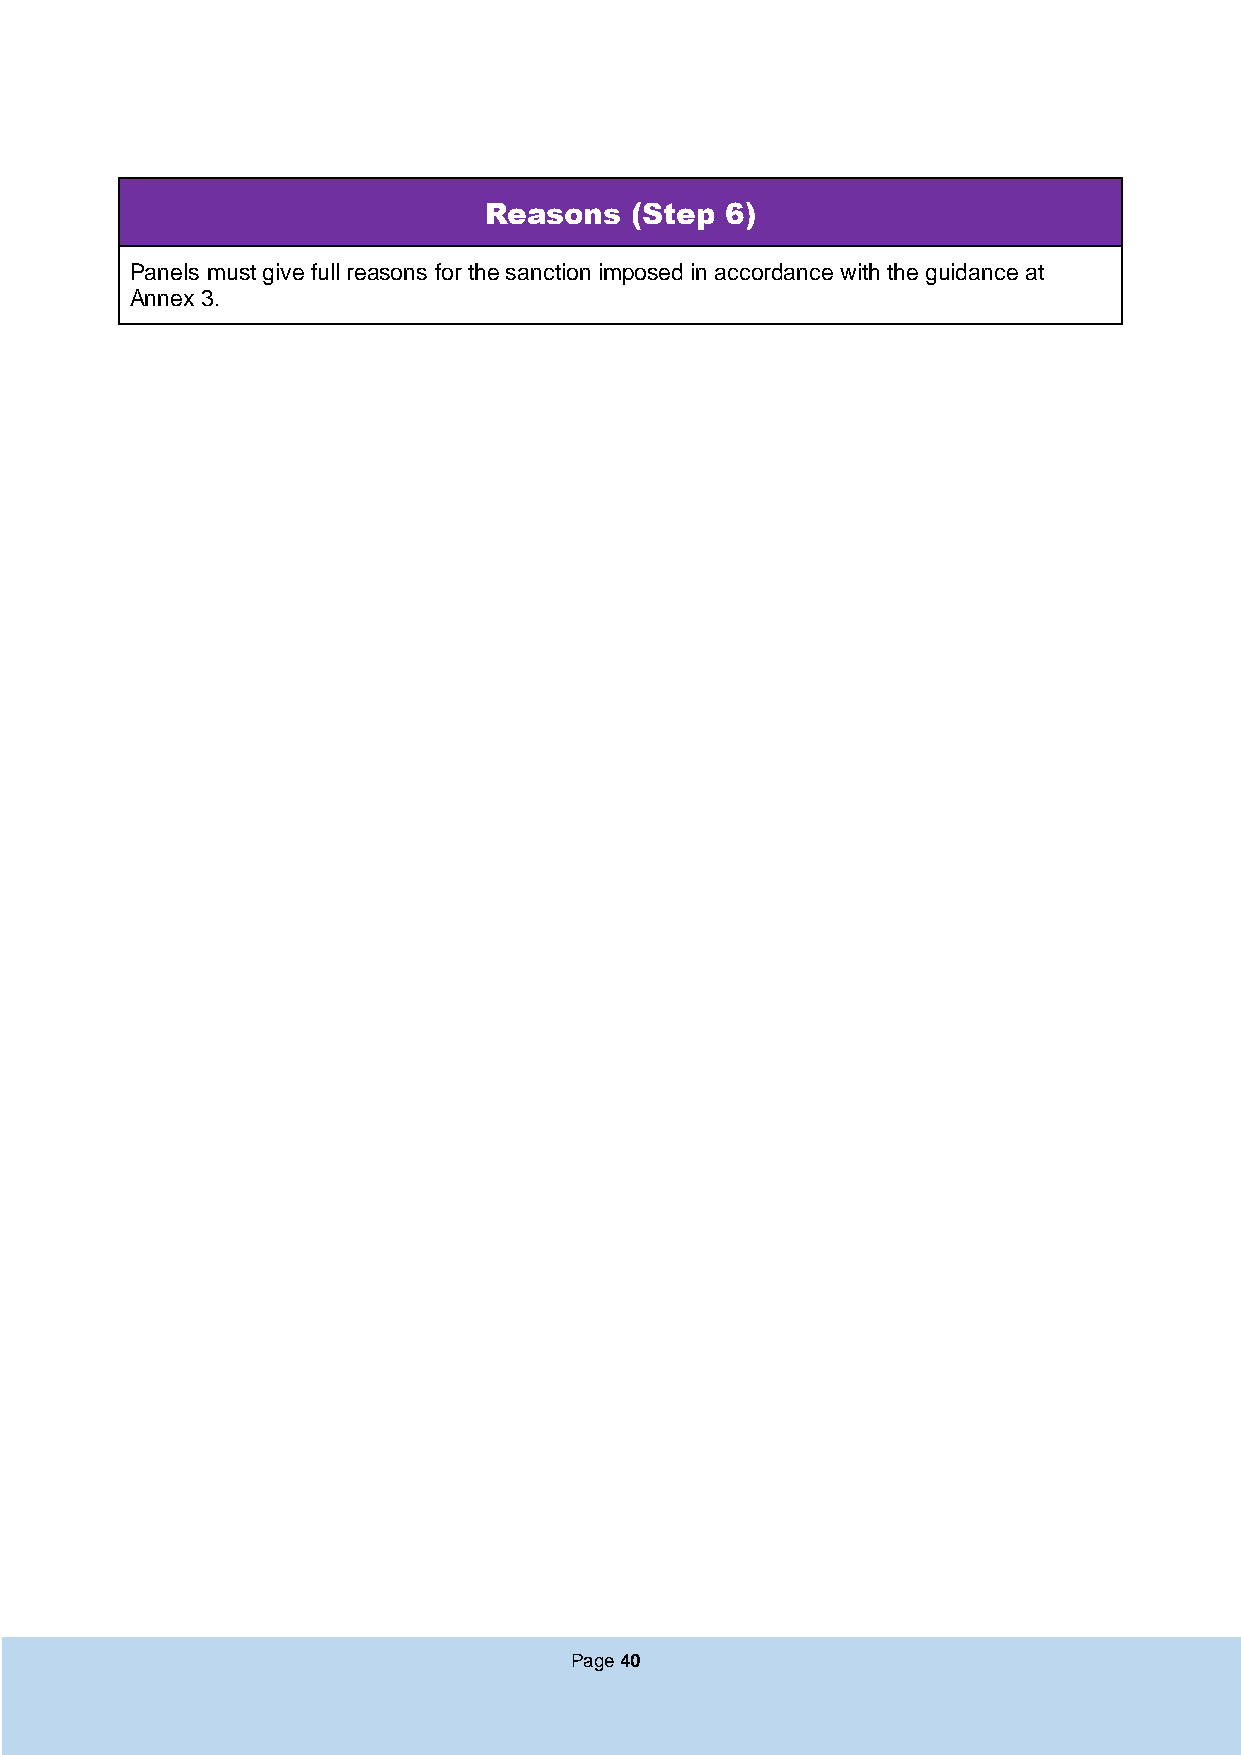
Reasons   (Step 6)
 Panels must give full reasons for the sanction imposed in accordance with the guidance at
 Annex 3.
 Page 40